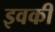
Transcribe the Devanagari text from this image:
इवकी